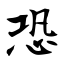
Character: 恐